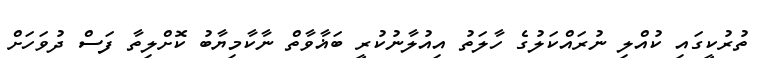
ތުރުކީގައި ކުއްލި ނުރައްކަލުގެ ހާލަތު އިއުލާނުކުރީ ބަޣާވާތް ނާކާމިޔާބު ކޮށްލިތާ ފަސް ދުވަހަށް